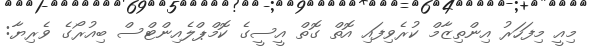
މިއީ މިފަހަރު އިންތިޒާމް ކުރެވިފައި އޮތް ގޮތް އީސީގެ ކޮމްޕްލެއިންޓްސް ބިއުރޯގެ ވެރިޔާ: